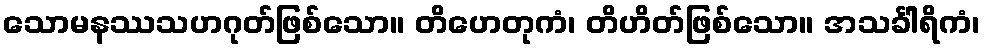
သောမနဿသဟဂုတ်ဖြစ်သော။ တိဟေတုကံ၊ တိဟိတ်ဖြစ်သော။ အသင်္ခါရိကံ၊